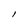
Character: I